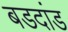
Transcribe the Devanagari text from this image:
बडदांड